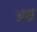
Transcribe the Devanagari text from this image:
अथ्र